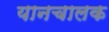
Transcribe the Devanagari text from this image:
यानचालक